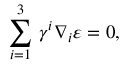
\sum _ { i = 1 } ^ { 3 } \, \gamma ^ { i } \nabla _ { i } \varepsilon = 0 ,